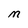
Character: M